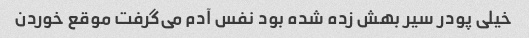
خیلی پودر سیر بهش زده شده بود نفس آدم می‌گرفت موقع خوردن